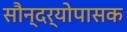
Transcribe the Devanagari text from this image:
सौन्दर्योपासक